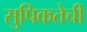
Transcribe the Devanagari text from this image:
सुपिकतेची